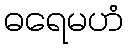
ဓရေမဟံ